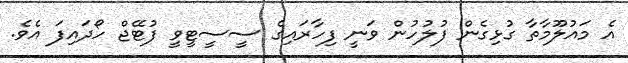
އެ މައުލޫމާތާ ގުޅިގެން ފުލުހުން ވަނީ ފިހާރައިގެ ސީސީޓީވީ ފުޓޭޖް ހޯދައިފަ އެވެ.